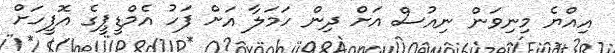
އިއްޔެ މިނިވަން ނިއުސް އަށް ދިން ހަމަލާ އަށް ފަހު އެމްޑީޕީގެ އޮފީހަށް